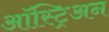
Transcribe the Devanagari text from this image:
ऑस्ट्रिअन